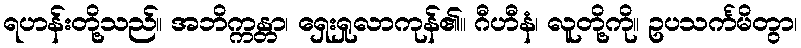
ရဟန်းတို့သည်။ အဘိက္ကန္တာ၊ ရှေးရှုလာကုန်၏။ ဂီဟီနံ၊ လူတို့ကို။ ဥပသင်္ကမိတွာ၊